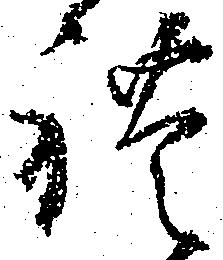
れ